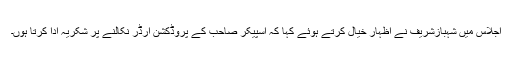
اجلاس میں شہبازشریف نے اظہار خیال کرتے ہوئے کہا کہ اسپیکر صاحب کے پروڈکشن آرڈر نکالنے پر شکریہ ادا کرتا ہوں۔